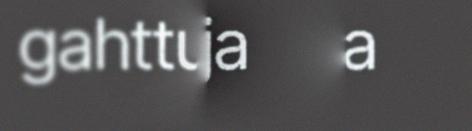
gahttunijn ja